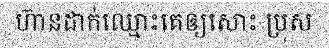
ហ៊ានដាក់ឈ្មោះគេឲ្យសោះ ប្រុស